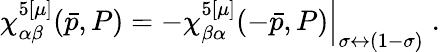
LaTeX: \chi_{\alpha\beta}^{5[\mu]}(\bar{p},P)=\left.-\chi_{\beta\alpha}^{5[\mu]}(-\bar{p},P)\right|_{\sigma\leftrightarrow(1-\sigma)}\; .